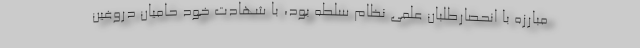
مبارزه با انحصارطلبان علمی نظام سلطه بود، با شهادت خود حامیان دروغین